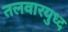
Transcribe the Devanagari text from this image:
तलवारयुध्द